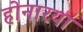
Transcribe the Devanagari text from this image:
होनारया